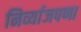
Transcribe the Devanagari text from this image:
निर्व्याजपणा